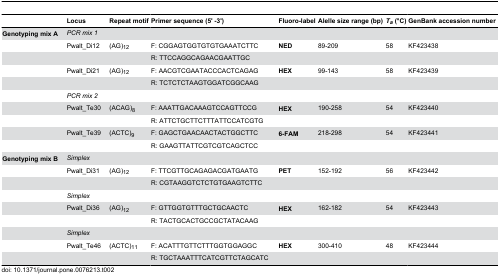
<table><thead><tr><td></td><td><b>Locus</b></td><td><b>Repeat motif</b></td><td><b>Primer sequence (5&#x27; -3&#x27;)</b></td><td><b>Fluoro-label</b></td><td><b>Alelle size range (bp)</b></td><td><b><i>T</i><sub><i>a</i></sub> (°C)</b></td><td><b>GenBank accession number</b></td></tr></thead><tbody><tr><td><b>Genotyping mix A</b></td><td><i>PCR mix 1</i></td><td></td><td></td><td></td><td></td><td></td><td></td></tr><tr><td></td><td>Pwalt_Di12</td><td>(AG)<sub>12</sub></td><td>F: CGGAGTGGTGTGTGAAATCTTC</td><td><b>NED</b></td><td>89-209</td><td>58</td><td>KF423438</td></tr><tr><td></td><td></td><td></td><td>R: TTCCAGGCAGAACGAATTGC</td><td></td><td></td><td></td><td></td></tr><tr><td></td><td>Pwalt_Di21</td><td>(AG)<sub>12</sub></td><td>F: AACGTCGAATACCCACTCAGAG</td><td><b>HEX</b></td><td>99-143</td><td>58</td><td>KF423439</td></tr><tr><td></td><td></td><td></td><td>R: TCTCTCTAAGTGGATCGGCAAG</td><td></td><td></td><td></td><td></td></tr><tr><td></td><td><i>PCR mix 2</i></td><td></td><td></td><td></td><td></td><td></td><td></td></tr><tr><td></td><td>Pwalt_Te30</td><td>(ACAG)<sub>8</sub></td><td>F: AAATTGACAAAGTCCAGTTCCG</td><td><b>HEX</b></td><td>190-258</td><td>54</td><td>KF423440</td></tr><tr><td></td><td></td><td></td><td>R: ATTCTGCTTCTTTATTCCATCGTG</td><td></td><td></td><td></td><td></td></tr><tr><td></td><td>Pwalt_Te39</td><td>(ACTC)<sub>9</sub></td><td>F: GAGCTGAACAACTACTGGCTTC</td><td><b>6-FAM</b></td><td>218-298</td><td>54</td><td>KF423441</td></tr><tr><td></td><td></td><td></td><td>R: GAAGTTATTCGTCGTCAGCTCC</td><td></td><td></td><td></td><td></td></tr><tr><td><b>Genotyping mix B</b></td><td><i>Simplex</i></td><td></td><td></td><td></td><td></td><td></td><td></td></tr><tr><td></td><td>Pwalt_Di31</td><td>(AG)<sub>12</sub></td><td>F: TTCGTTGCAGAGACGATGAATG</td><td><b>PET</b></td><td>152-192</td><td>56</td><td>KF423442</td></tr><tr><td></td><td></td><td></td><td>R: CGTAAGGTCTCTGTGAAGTCTTC</td><td></td><td></td><td></td><td></td></tr><tr><td></td><td><i>Simplex</i></td><td></td><td></td><td></td><td></td><td></td><td></td></tr><tr><td></td><td>Pwalt_Di36</td><td>(AG)<sub>12</sub></td><td>F: GTTGGTGTTTGCTGCAACTC</td><td><b>HEX</b></td><td>162-182</td><td>54</td><td>KF423443</td></tr><tr><td></td><td></td><td></td><td>R: TACTGCACTGCCGCTATACAAG</td><td></td><td></td><td></td><td></td></tr><tr><td></td><td><i>Simplex</i></td><td></td><td></td><td></td><td></td><td></td><td></td></tr><tr><td></td><td>Pwalt_Te46</td><td>(ACTC)<sub>11</sub></td><td>F: ACATTTGTTCTTTGGTGGAGGC</td><td><b>HEX</b></td><td>300-410</td><td>48</td><td>KF423444</td></tr><tr><td></td><td></td><td></td><td>R: TGCTAAATTTCATCGTTCTAGCATC</td><td></td><td></td><td></td><td></td></tr></tbody></table>